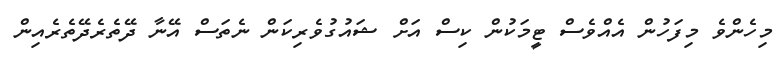
މިހެންވެ މިފަހުން އެއްވެސް ޓީމަކުން ކިސް އަށް ޝައުގުވެރިކަން ނެތަސް އޭނާ ދޭތެރެދޭތެރެއިން